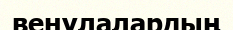
венулалардың